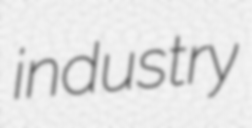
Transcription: industry